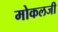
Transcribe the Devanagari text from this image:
मोकलजी